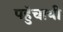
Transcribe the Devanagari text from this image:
पहुॅचायी